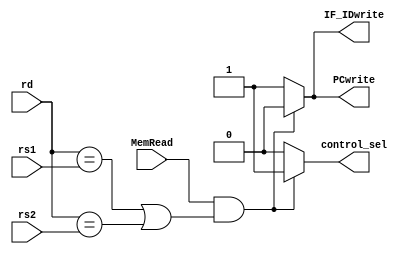
module hazard_detection(input [4:0] rd,
                        input [4:0] rs1,
                        input [4:0] rs2,
                        input MemRead,
                        output reg PCwrite,
                        output reg IF_IDwrite,
                        output reg control_sel);

always@(*) begin
    if(MemRead && ((rd == rs1) || (rd == rs2))) begin
        PCwrite = 0;
        IF_IDwrite = 0;
        control_sel = 1;
    end
    else begin
        PCwrite = 1;
        IF_IDwrite = 1;
        control_sel = 0;
    end
end

endmodule